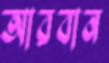
আরবান